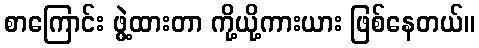
စာကြောင်း ဖွဲ့ထားတာ ကို့ယို့ကားယား ဖြစ်နေတယ်။